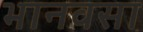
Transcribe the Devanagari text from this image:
भानवसा